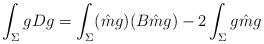
\begin{align*} \int_{\Sigma} gDg=\int_{\Sigma}(\hat{m}g)(B\hat{m}g)-2\int_{\Sigma} g \hat{m} g\end{align*}